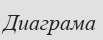
Диаграма